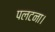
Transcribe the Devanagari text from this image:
पलटना।